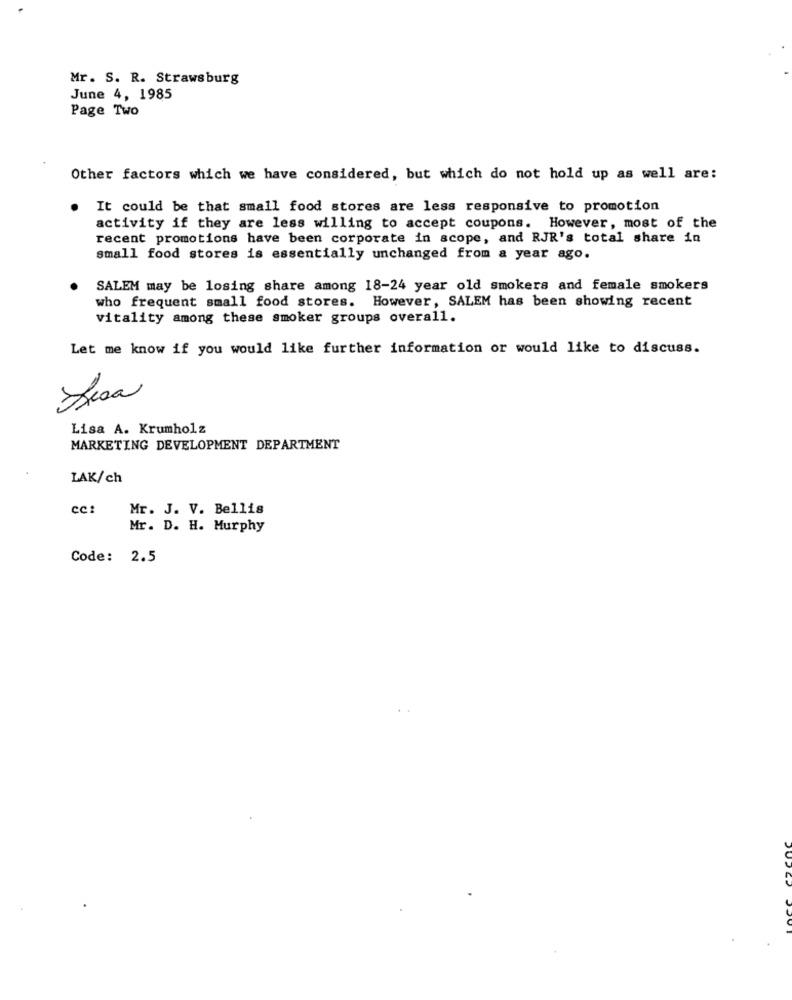
Mr. S. R. Strawsburg
June 4, 1985
Page Two
Other factors which we have considered, but which do not hold up as well are:
It could be that small food stores are less responsive to promotion
activity if they are less willing to accept coupons. However, most of the
recent promotions have been corporate in scope, and RJR's total share in
small food stores is essentially unchanged from a year ago.
SALEM may be losing share among 18-24 year old smokers and female smokers
who frequent small food stores. However, SALEM has been showing recent
vitality among these smoker groups overall.
Let me know if you would like further information or would like to discuss.
Lisa A. Krumholz
MARKETING DEVELOPMENT DEPARTMENT
LAK/ch
CC:
Mr. J. V. Bellis
Mr. D. H. Murphy
Code: 2.5